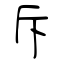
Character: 斥